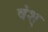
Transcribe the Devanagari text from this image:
वंश्